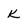
Character: K